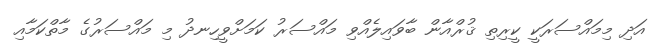
އަދި މިމައްސަރަކީ ކީރިތި ޤުރްއާން ބާވައިލެއްވި މައްސަރު ކަމަށްވީހިނދު މި މައްސަރުގެ މާތްކަމާއި